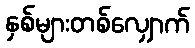
နှစ်များတစ်လျှောက်